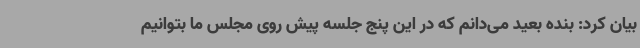
بیان کرد: بنده بعید می‌دانم که در این پنج جلسه پیش روی مجلس ما بتوانیم